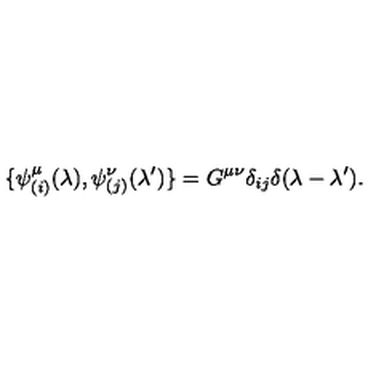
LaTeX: \{ \psi _ { ( i ) } ^ { \mu } ( \lambda ) , \psi _ { ( j ) } ^ { \nu } ( \lambda ^ { \prime } ) \} = G ^ { \mu \nu } \delta _ { i j } \delta ( \lambda - \lambda ^ { \prime } ) .